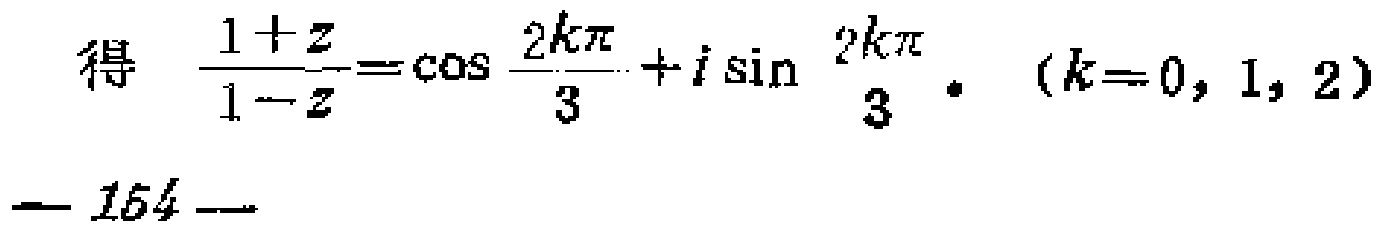
得 \(\frac{1 + z}{1 - z}=\cos \frac{2k\pi}{3}+i\sin \frac{2k\pi}{3}\). \((k = 0,1,2)\)
— 154 —